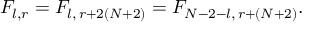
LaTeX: F _ { l , r } = F _ { l , \, r + 2 ( N + 2 ) } = F _ { N - 2 - l , \, r + ( N + 2 ) } .